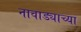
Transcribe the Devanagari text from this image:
नावाड्याच्या